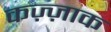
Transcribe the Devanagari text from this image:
कज़्ज़ाक